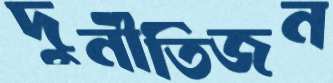
দুর্নীতিজন